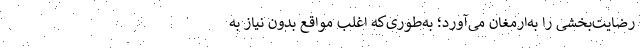
رضایت‌بخشی را به‌ارمغان می‌آورد؛ به‌طوری‌که اغلب مواقع بدون نیاز به